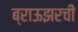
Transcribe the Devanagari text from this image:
ब्राऊझरची